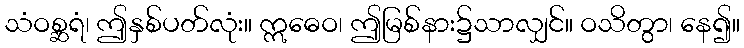
သံဝစ္ဆရံ၊ ဤနှစ်ပတ်လုံး။ ဣဓေဝ၊ ဤမြစ်နား၌သာလျှင်။ ဝသိတွာ၊ နေ၍။